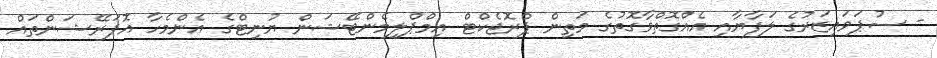
- ސުޕަވައިޒަރުގެ ލަފާޔާއި އެއްގޮތްވާގޮތުގެ މަތިން ޕްރޮޖެކްޓް އިމްޕްލިމެންޓޭޝަން ޔުނިޓްގެ އެންމެހާ އޮޕަރޭޝަންތައް